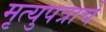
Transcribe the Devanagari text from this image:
मृत्युपत्राचे